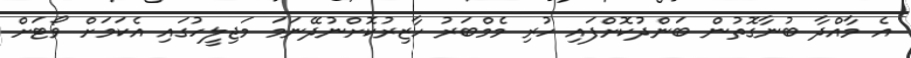
އެ މާއްދާ ބުނާގޮތުން ބަންދުކޮށްފައި ހުރި މެމްބަރު ހާޒިރުކޮށްނުދޭނަމަ މަޖިލީހުގައި އެކަމަށް ވޯޓަށް